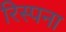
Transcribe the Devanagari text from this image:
रिस्पना